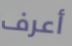
أعرف